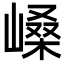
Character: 𫶐